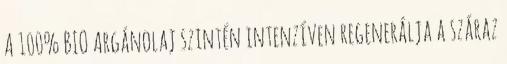
A 100% BIO Argánolaj szintén intenzíven regenerálja a száraz